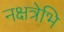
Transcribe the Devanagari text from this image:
नक्षत्रेभि